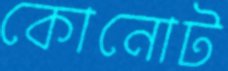
কোনোট